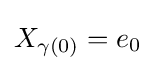
X_{\gamma (0)}=e_{0}